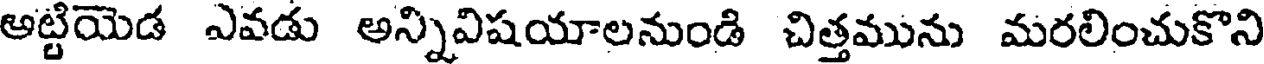
అట్టియెడ ఎవడు అన్నివిషయాలనుండి చిత్తమును మరలించుకొని